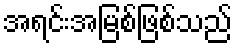
အရင်းအမြစ်ဖြစ်သည်